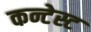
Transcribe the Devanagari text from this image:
कन्टेस्ट